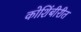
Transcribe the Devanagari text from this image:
कोशिंबीरीत